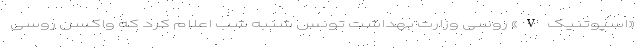
«اسپوتنیک V» روسی وزارت بهداشت تونس شنبه شب اعلام کرد که واکسن روسی